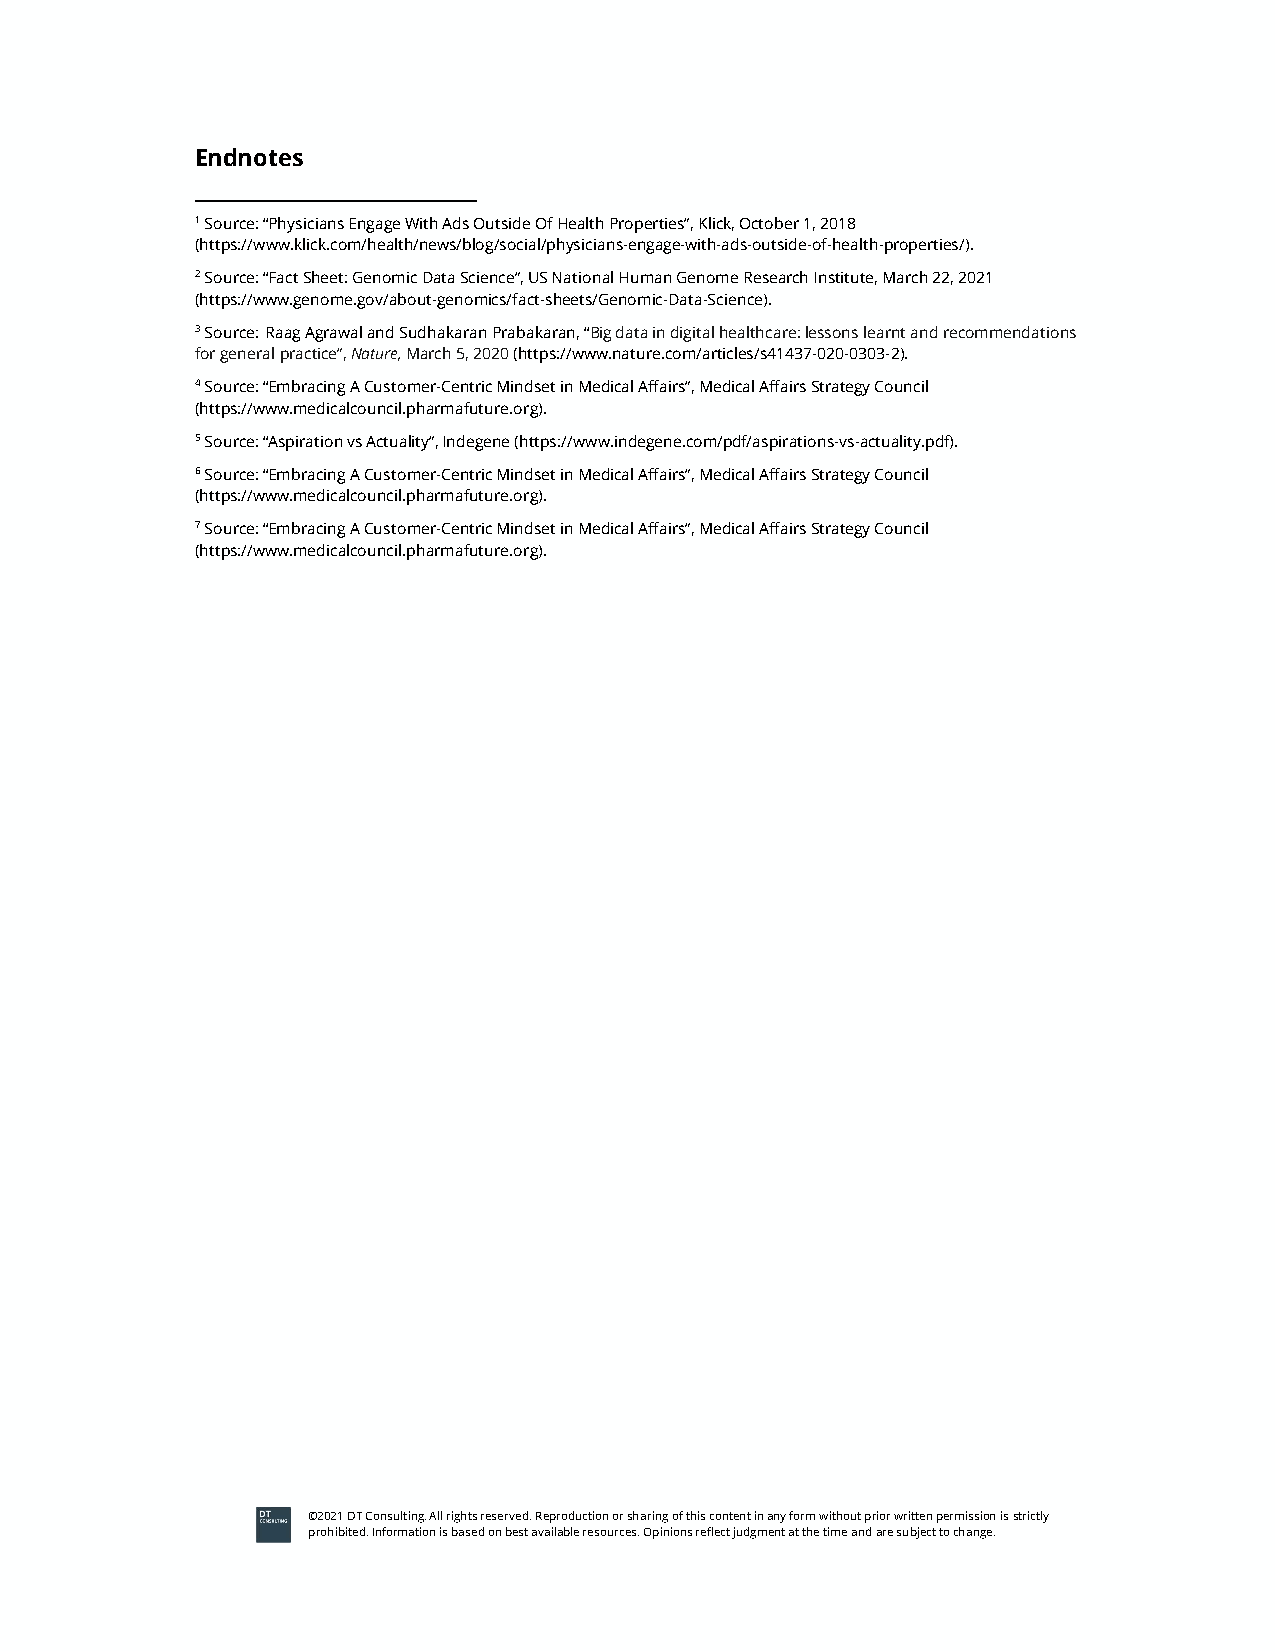
Endnotes
 1 Source: “Physicians Engage With Ads Outside Of Health Properties”, Klick, October 1, 2018
 (https://www.klick.com/health/news/blog/social/physicians-engage-with-ads-outside-of-health-properties/).
 2 Source: “Fact Sheet: Genomic Data Science”, US National Human Genome Research Institute, March 22, 2021
 (https://www.genome.gov/about-genomics/fact-sheets/Genomic-Data-Science).
 3 Source: Raag Agrawal and Sudhakaran Prabakaran, “Big data in digital healthcare: lessons learnt and recommendations
 for general practice”, Nature, March 5, 2020 (https://www.nature.com/articles/s41437-020-0303-2).
 4 Source: “Embracing A Customer-Centric Mindset in Medical Affairs”, Medical Affairs Strategy Council
 (https://www.medicalcouncil.pharmafuture.org).
 5 Source: “Aspiration vs Actuality”, Indegene (https://www.indegene.com/pdf/aspirations-vs-actuality.pdf).
 6 Source: “Embracing A Customer-Centric Mindset in Medical Affairs”, Medical Affairs Strategy Council
 (https://www.medicalcouncil.pharmafuture.org).
 7 Source: “Embracing A Customer-Centric Mindset in Medical Affairs”, Medical Affairs Strategy Council
 (https://www.medicalcouncil.pharmafuture.org).
 ©2021 DT Consulting. All rights reserved. Reproduction or sharing of this content in any form without prior written permission is strictly
 prohibited. Information is based on best available resources. Opinions reflect judgment at the time and are subject to change.